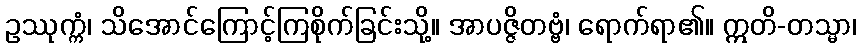
ဥဿုက္ကံ၊ သိအောင်ကြောင့်ကြစိုက်ခြင်းသို့။ အာပဇ္ဇိတဗ္ဗံ၊ ရောက်ရာ၏။ ဣတိ-တသ္မာ၊